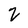
Character: 2